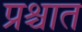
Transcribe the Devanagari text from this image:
प्रश्चात